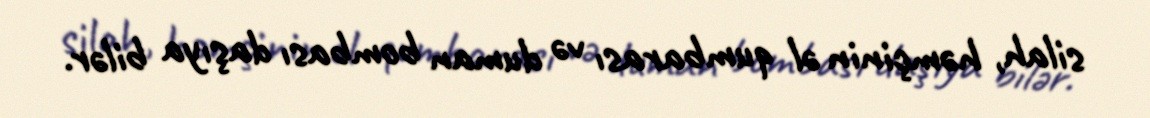
silah, həmçinin əl qumbarası və duman bombası daşıya bilər.